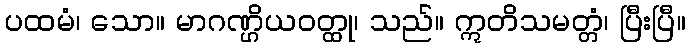
ပထမံ၊ သော။ မာဂဏ္ဌိယဝတ္ထု၊ သည်။ ဣတိသမတ္တံ၊ ပြီးပြီ။